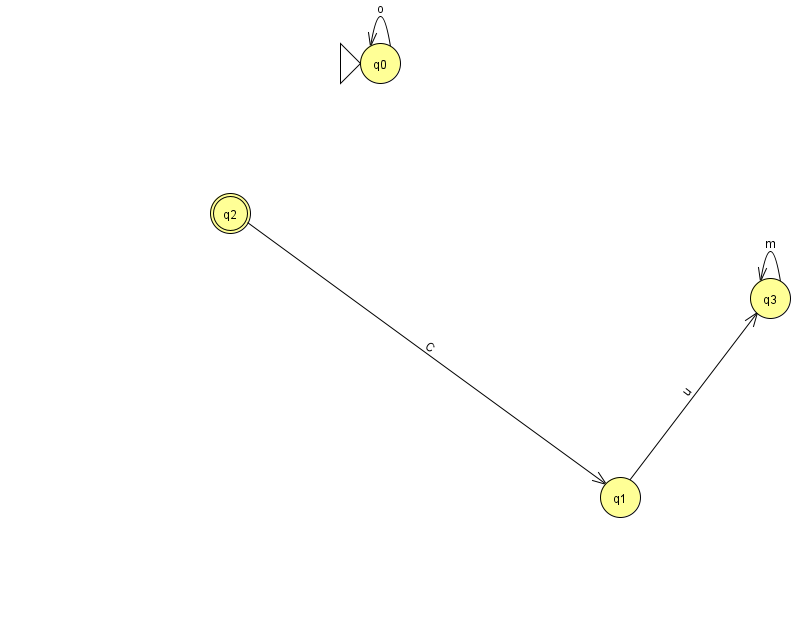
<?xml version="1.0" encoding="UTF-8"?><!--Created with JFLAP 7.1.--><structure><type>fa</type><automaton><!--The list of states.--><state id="0" name="q0"><x>380.0</x><y>50.0</y><initial/></state><state id="1" name="q1"><x>620.0</x><y>484.0</y></state><state id="2" name="q2"><x>230.0</x><y>200.0</y><final/></state><state id="3" name="q3"><x>770.0</x><y>285.0</y></state><!--The list of transitions.--><transition><from>1</from><to>3</to><read>u</read></transition><transition><from>2</from><to>1</to><read>C</read></transition><transition><from>3</from><to>3</to><read>m</read></transition><transition><from>0</from><to>0</to><read>o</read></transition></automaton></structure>